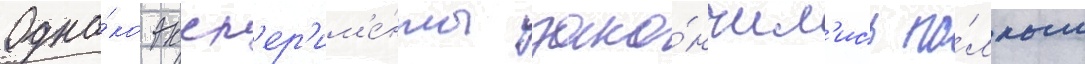
Одна́ко эксп'ер'им'е́нты зако́нчил'ись по́лным